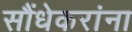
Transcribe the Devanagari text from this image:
सौंधेकरांना